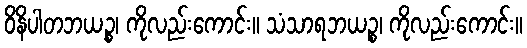
ဝိနိပါတဘယဉ္စ၊ ကိုလည်းကောင်း။ သံသာရဘယဉ္စ၊ ကိုလည်းကောင်း။